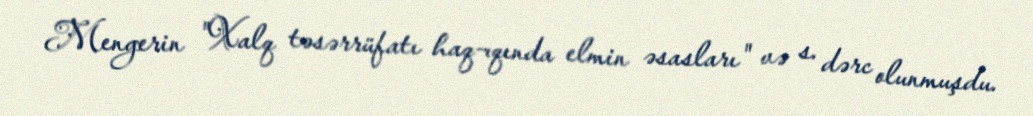
Mengerin "Xalq təsərrüfatı haq¬qında elmin əsasları" və s. dərc olunmuşdu.